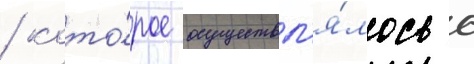
/ кото́рое осуществл'я́лось с